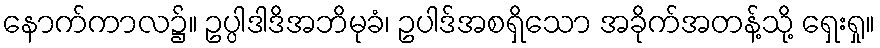
နောက်ကာလ၌။ ဥပ္ပါဒါဒိအဘိမုခံ၊ ဥပါဒ်အစရှိသော အခိုက်အတန့်သို့ ရှေးရှု။